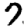
Digit: 7